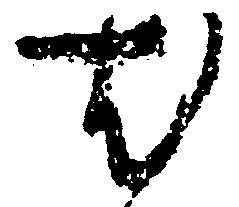
尤